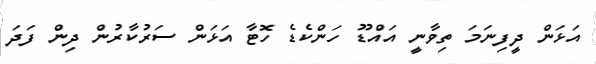
އަޅަން ދީފިނަމަ ތިވާނީ އައްޑޫ ހަންކެޑެ ހޮޓާ އަޅަން ސަރުކާރުން ދިން ފަދަ